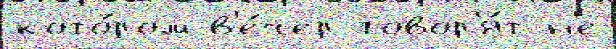
кото́ром в'е́чер говор'я́т н'е